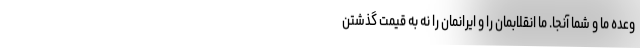
وعده ما و شما آنجا. ما انقلابمان را و ایرانمان را نه به قیمت گذشتن